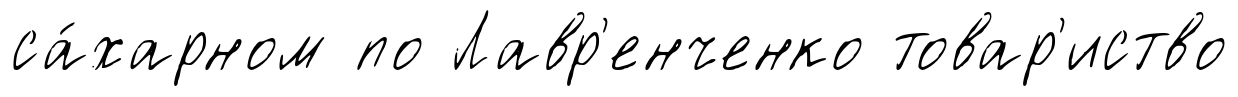
са́харном по Лавр'енченко товар'иство